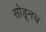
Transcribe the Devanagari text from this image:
सोडूनच